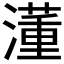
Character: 𣿅